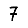
Digit: 7